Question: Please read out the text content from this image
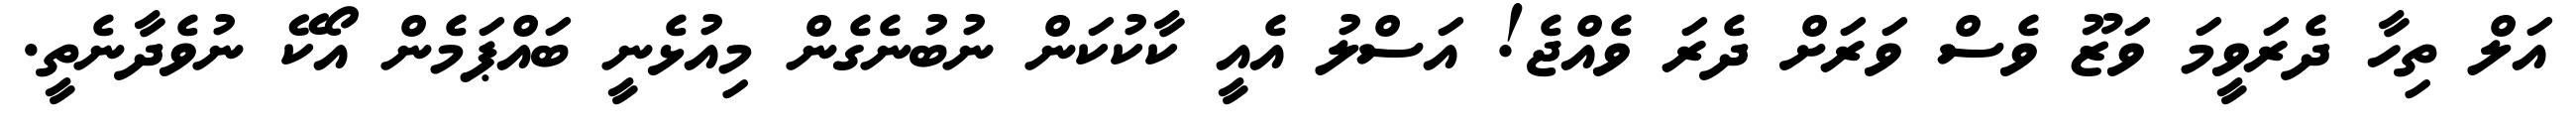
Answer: އަލް ތިހާ ދެރަވީމަ ވަޒޫ ވެސް ވަރަށް ދެރަ ވެއްޖެ! އަސްލު އެއީ ކާކުކަން ނުބުނެގެން މިއުޅެނީ ބައްޕަމެން އޯކޭ ނުވެދާނެތީ.